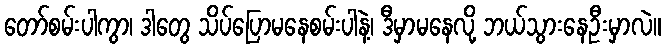
တော်စမ်းပါကွာ၊ ဒါတွေ သိပ်ပြောမနေစမ်းပါနဲ့၊ ဒီမှာမနေလို့ ဘယ်သွားနေဦးမှာလဲ။